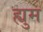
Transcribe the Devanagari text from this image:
ह्युम